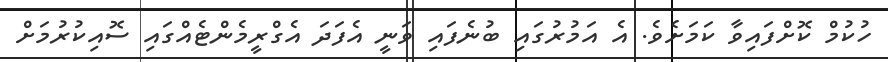
ހުކުމް ކޮށްފައިވާ ކަމަށެވެ. އެ އަމުރުގައި ބުނެފައި ވަނީ އެފަދަ އެގްރީމެންޓެއްގައި ސޮއިކުރުމަށް